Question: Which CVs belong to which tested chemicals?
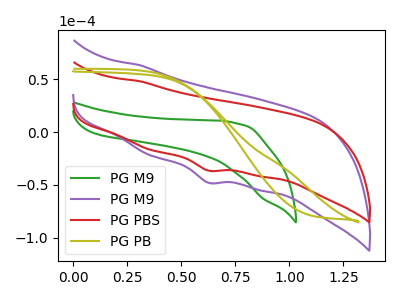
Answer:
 <answer>The green curve is labeled "PG M9". The purple curve is labeled "PG M9". The red curve is labeled "PG PBS". The olive curve is labeled "PG PB".</answer>
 <eval></eval>